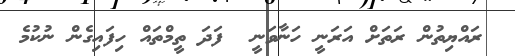
ރައްޔިތުން ރަތަށް އަރަނީ ހަނާވަނީ  ފަދަ ތީމްތައް ހިފައިގެން ނުކުމެ